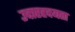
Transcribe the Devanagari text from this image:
उदारहृदयता